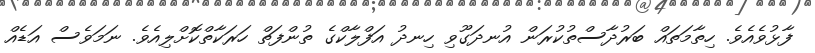
ފާޅުވެއެވެ. ހިތާމަތައް ބަރުދާސްތުކުރަން އުނދަގޫވި ހިނދު އަފްލާކްގެ ތުންފަތް ހަރަކާތްކޮށްލިއެވެ. ނަމަވެސް އަޑެއް